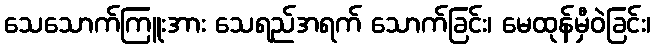
သေသောက်ကြူးအား သေရည်အရက် သောက်ခြင်း၊ မေထုန်မှီဝဲခြင်း၊